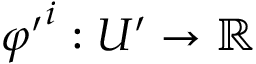
{ \varphi ^ { \prime } } ^ { i } : U ^ { \prime } \to \mathbb { R }